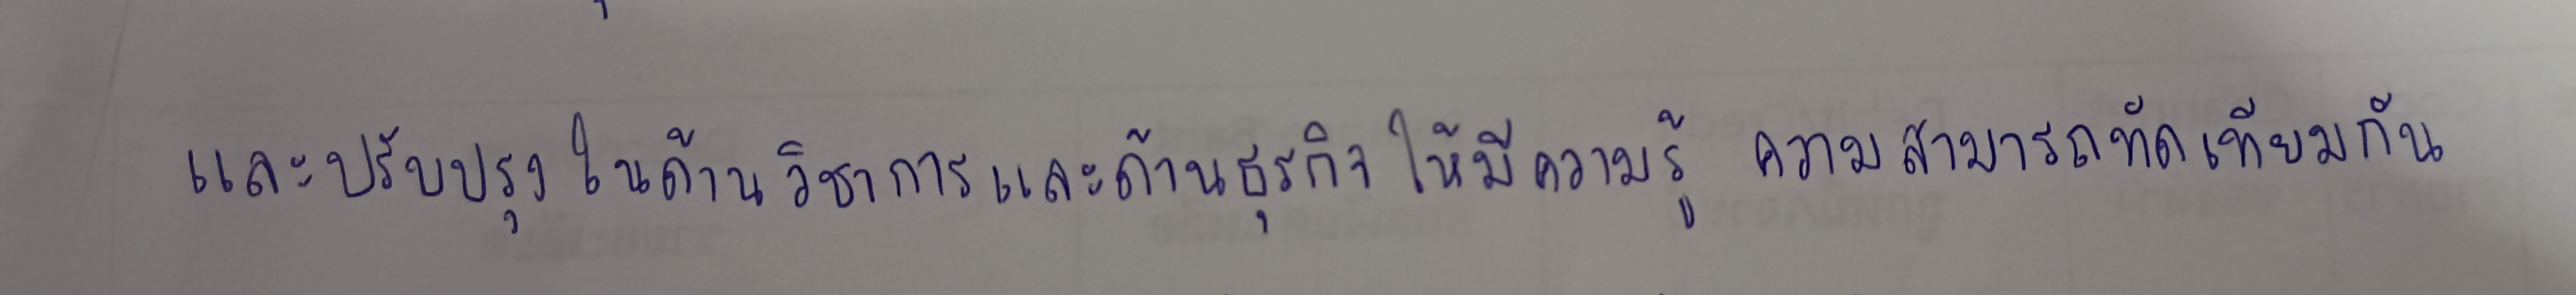
และปรับปรุงในด้านวิชาการและด้านธุรกิจให้มีความรู้ความสามารถทัดเทียมกัน